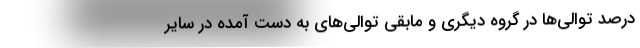
درصد توالی‌ها در گروه دیگری و مابقی توالی‌های به دست آمده در سایر